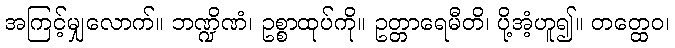
အကြင့်မျှလောက်။ ဘဏ္ဍိဏံ၊ ဥစ္စာထုပ်ကို။ ဥတ္တာရေမီတိ၊ ပို့အံ့ဟူ၍။ တတ္ထေဝ၊